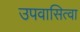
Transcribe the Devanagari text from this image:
उपवासित्वा